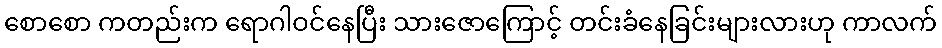
စောစော ကတည်းက ရောဂါဝင်နေပြီး သားဇောကြောင့် တင်းခံနေခြင်းများလားဟု ကာလက်